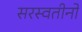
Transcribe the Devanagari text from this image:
सरस्वतीनो